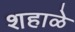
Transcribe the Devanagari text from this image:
शहाळे